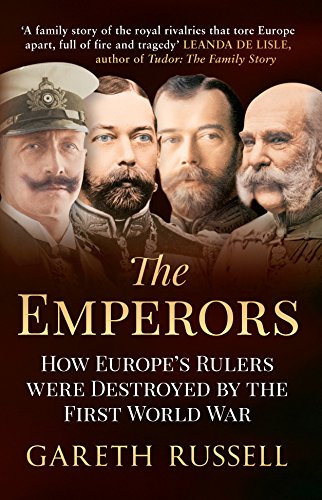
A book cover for The Emperors: How Europe's Greatest Rulers Were Destroyed by World War I; Gareth Russell; History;